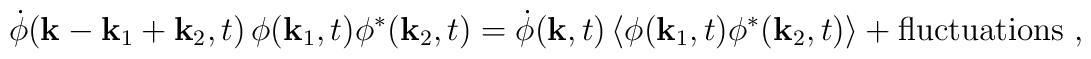
\dot{\phi}({\bf k}-{\bf k}_1+{\bf k}_2,t) \,\phi ({\bf k}_1,t) \phi^* ({\bf k}_2,t) = \dot{\phi }({\bf k},t) \,\langle \phi ({\bf k}_1,t) \phi^* ({\bf k}_2,t) \rangle + {\rm fluctuations} \; ,